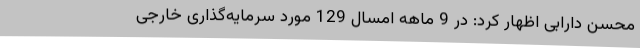
محسن دارابی اظهار کرد: در 9 ماهه امسال 129 مورد سرمایه‌گذاری خارجی